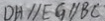
D H / / E G / / B C